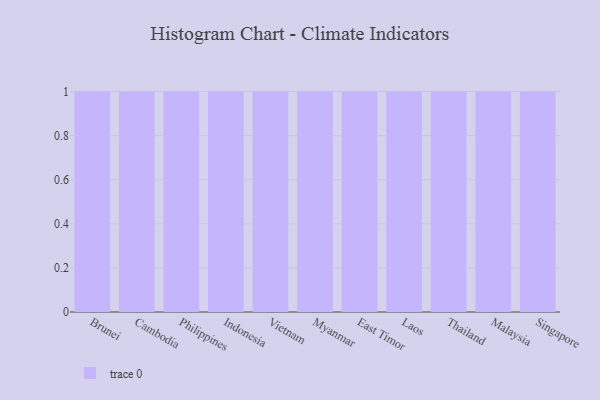
{"axis": {"x": "Country", "y": "Population (Million)"}, "legend": [""], "data": [{"x": "Brunei", "y": 66, "type": ""}, {"x": "Cambodia", "y": 95, "type": ""}, {"x": "Philippines", "y": 26, "type": ""}, {"x": "Indonesia", "y": 55, "type": ""}, {"x": "Vietnam", "y": 45, "type": ""}, {"x": "Myanmar", "y": 65, "type": ""}, {"x": "East Timor", "y": 57, "type": ""}, {"x": "Laos", "y": 67, "type": ""}, {"x": "Thailand", "y": 3, "type": ""}, {"x": "Malaysia", "y": 44, "type": ""}, {"x": "Singapore", "y": 63, "type": ""}]}